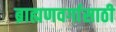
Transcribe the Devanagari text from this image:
ब्राह्मणवर्गासाठी